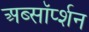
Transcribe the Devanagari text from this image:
अब्सॉर्प्शन